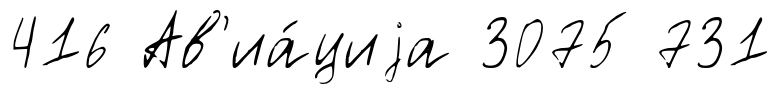
416 Ав'иа́циjа 3075 731